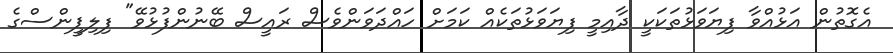
އެގޮތުން އަޅުއްވާ ފިޔަވަޅުތަކަކީ ދާއިމީ ފިޔަވަޅުތަކެއް ކަމަށް ހައްދަވަންވެސް ރައީސް ބޭނުންފުޅުވޭ" ފިލިޕީންސްގެ